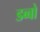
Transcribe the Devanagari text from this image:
डब्बो